Leaving Certificate Examination, 1920
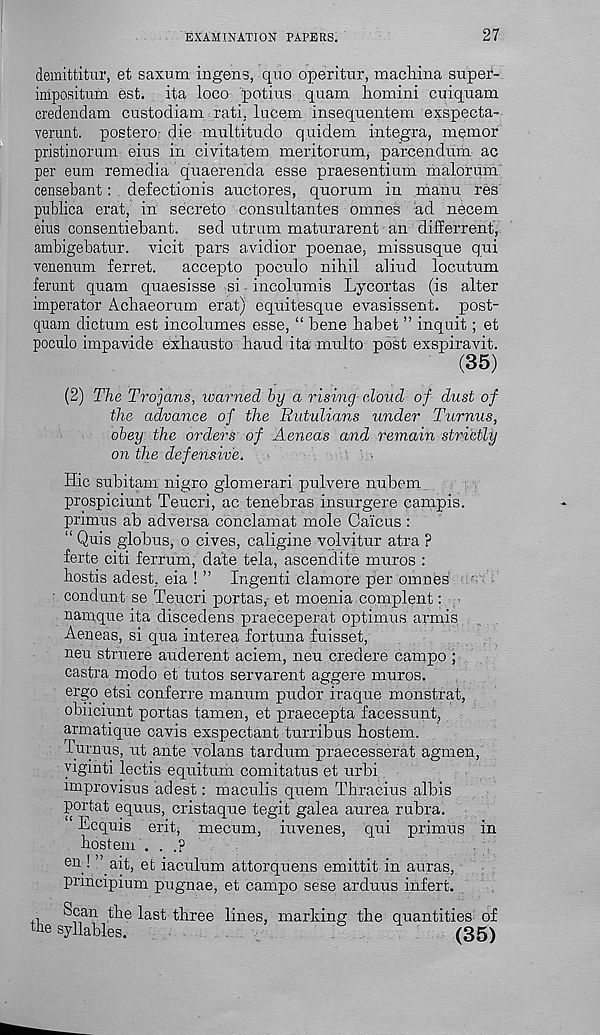
EXAMINATION PAPERS.
27
deinittitur, et saxum ingens, quo operitur, machina super-
impositum est. ita loco potius quam homini cuiquam
credendam custodiam rati, lucem insequentem exspecta-
verunt. postero: die multitude quidem integra, memor
pristinorum eius in civitatem meritorum, parcendum ac
per eum remedia quaerenda esse praesentium malorum
censebant: defectionis auctores, quorum in manu res
publica erat, in secreto consultantes omnes ad necem
eius consentiebant. sed utrum maturarent an differrent,
ambigebatur. vicit pars avidior poenae, missusque qui
venenum ferret.
accepto poeulo nihil aliud locutum
ferunt quam quaesisse si incolumis Lycortas (is alter
imperator Achaeorum erat) equitesque evasissent. post-
cjuam dictum est incolumes esse, “ bene habet ” inquit; et
poculo impavide exhausto baud ita multo post exspiravit.
(35)
(2) The Trojans, warned by a rising cloud of dust of
the advance of the Rutulians under Turnus,
obey the orders of Aeneas and remain strictly
on the defensive.
•
Hie subitam nigro glomerari pulvere nubem.
prospiciunt Teucri, ac tenebras insurgere campis.
primus ab adversa conclamat mole Caicus :
“ Quis globus, o cives, caligine volvitur atra ?
ferte citi ferrum, date tela, ascendite muros :
hostis adest, eia ! ” Ingenti clamore per omnes
• condunt se Teucri portas,- et moenia complent:
namque ita discedens praeceperat optimus armis
Aeneas, si qua interea fortuna fuisset,
neu struere auderent aciem, neu credere campo ;
castra modo et tutos servarent aggere muros.
ergo etsi conferre manuni pudor iraque monstrat,
obiiciunt portas tamen, et praecepta facessunt,
armatique cavis exspectant turribus hostem.
lurnus, ut ante volans tardum praecesserat agmen,
yiginti lectis equitum comitatus et urbi
improvisus adest: maculis quem Thracius albis
portat equus, cristaque tegit galea aurea rubra.
‘ Ecquis erit, mecum, iuvenes, qui primus in
hostem . . .?
C1 \- ”. a ib et iaculum attorquens emittit in auras,
prmcipium pugnae, et campo sese arduus infert.
Scan the last three lines, marking the quantities of
the syllables.
.
6
(35)